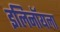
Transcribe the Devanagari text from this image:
इलिनॉयला